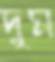
দুম